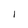
Character: I